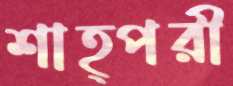
শাহ্পরী